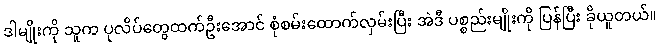
ဒါမျိုးကို သူက ပုလိပ်တွေထက်ဦးအောင် စုံစမ်းထောက်လှမ်းပြီး အဲဒီ ပစ္စည်းမျိုးကို ပြန်ပြီး ခိုယူတယ်။